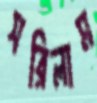
সরিলাম